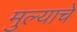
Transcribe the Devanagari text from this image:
मुल्याचे